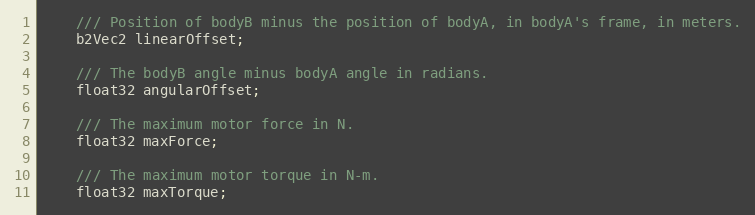
Language: C
	/// Position of bodyB minus the position of bodyA, in bodyA's frame, in meters.
	b2Vec2 linearOffset;

	/// The bodyB angle minus bodyA angle in radians.
	float32 angularOffset;

	/// The maximum motor force in N.
	float32 maxForce;

	/// The maximum motor torque in N-m.
	float32 maxTorque;